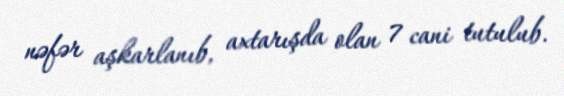
nəfər aşkarlanıb, axtarışda olan 7 cani tutulub.